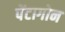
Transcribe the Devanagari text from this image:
पेंटागोन